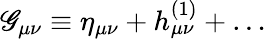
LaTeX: \mathscr{G}_{\mu\nu}\equiv\eta_{\mu\nu}+h_{\mu\nu}^{(1)}+\ldots